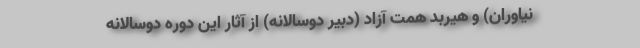
نیاوران) و هیربد همت آزاد (دبیر دوسالانه) از آثار این دوره دوسالانه